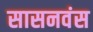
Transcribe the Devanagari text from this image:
सासनवंस